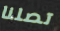
تصلنا